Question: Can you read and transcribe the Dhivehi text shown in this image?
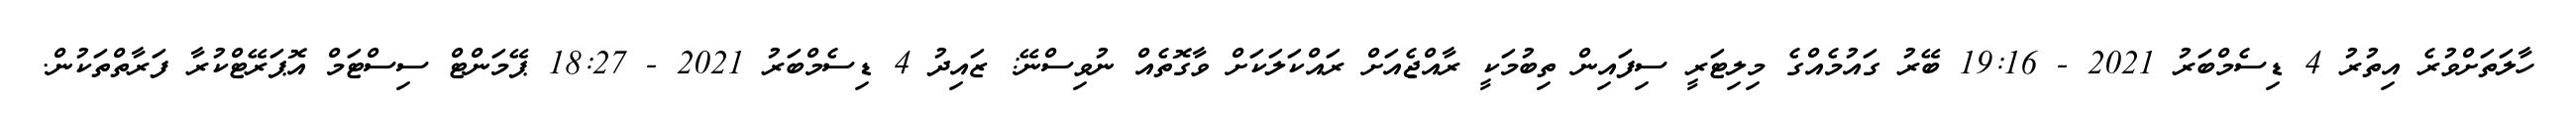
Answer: ހާލަތަށްވުރެ އިތުރު 4 ޑިސެމްބަރު 2021 - 19:16 ބޭރު ގައުމެއްގެ މިލިޓަރީ ސިފައިން ތިބުމަކީ ރާއްޖެއަށް ރައްކަލަކަށް ވާގޮތެއް ނުވިސްނޭ: ޒައިދު 4 ޑިސެމްބަރު 2021 - 18:27 ޕޭމަންޓް ސިސްޓަމް އޮޕަރޭޓްކުރާ ފަރާތްތަކުން.